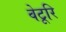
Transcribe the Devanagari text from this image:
वेटूरि